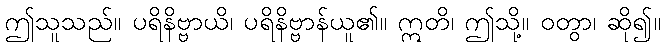
ဤသူသည်။ ပရိနိဗ္ဗာယိ၊ ပရိနိဗ္ဗာန်ယူ၏။ ဣတိ၊ ဤသို့။ ဝတွာ၊ ဆို၍။